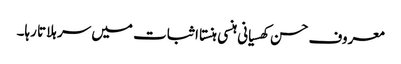
معروف حسن کھسیانی ہنسی ہنستا اثبات میں سر ہلاتا رہا۔